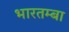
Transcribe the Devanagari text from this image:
भारतम्बा